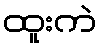
ထူးကဲ